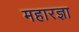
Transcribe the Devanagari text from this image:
महारज्ञा